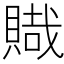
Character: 賳